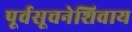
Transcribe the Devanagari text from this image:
पूर्वसूचनेशिवाय